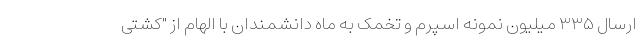
ارسال ۳۳۵ میلیون نمونه اسپرم و تخمک به ماه دانشمندان با الهام از "کشتی